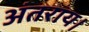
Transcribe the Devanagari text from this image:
अंतराय।